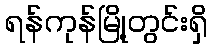
ရန်ကုန်မြို့တွင်းရှိ